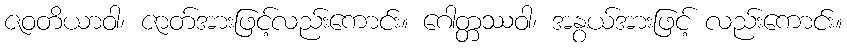
ဇဝတိယာဝါ၊ ဇာတ်အားဖြင့်လည်းကောင်း။ ဂေါတ္တဿဝါ၊ အနွယ်အားဖြင့် လည်းကောင်း။